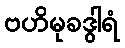
ဗဟိမုခဒွါရံ